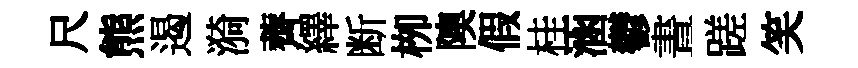
尺熊遏漪薺繹断栁隩假桂涵鬱晝蹉笑